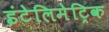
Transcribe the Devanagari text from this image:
इंटेलिमेट्रिक